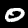
Label: 0